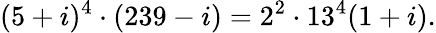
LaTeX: (5+i)^{4}\cdot(239-i)=2^{2}\cdot 13^{4}(1+i).